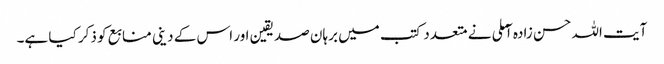
آیت اللہ حسن زادہ آملی نے متعدد کتب میں برہان صدیقین اور اس کے دینی منابع کو ذکر کیا ہے۔